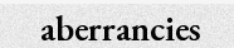
aberrancies